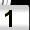
Digit: 1